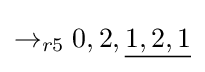
\rightarrow _{r5}0,2,{\underline {1,2,1}}